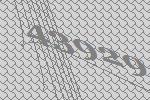
43929